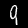
Digit: 9